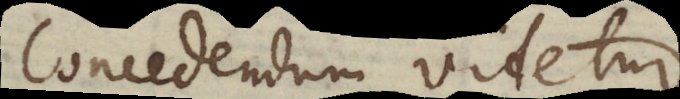
Concedendum videtur,